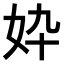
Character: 𫰓